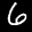
Label: 6